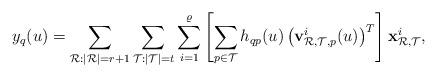
LaTeX: \begin{align*}y_q(u)&=\sum_{\mathcal{R}:|\mathcal{R}|=r+1}\sum_{\mathcal{T}:|\mathcal{T}|=t}\sum_{i=1}^\varrho\left[\sum_{p\in \mathcal{T}}h_{qp}(u)\left(\mathbf{v}_{{\mathcal{R}},{\mathcal{T}},p}^i(u)\right)^T\right]\mathbf{x}_{{\mathcal{R}},{\mathcal{T}}}^i,\end{align*}